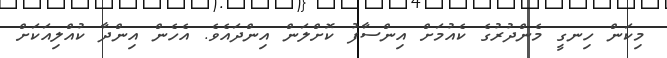
މިކަން ހިނގީ މެންދުރުގެ ކެއުމަށް އިންސާފު ކޮށްލަން އިންދައެވެ. އެހެން އިންދާ ކުއްލިއަކަށް